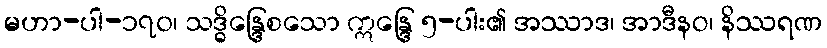
မဟာ-ပါ-၁၇၀၊ သဒ္ဓိန္ဒြေစသော ဣန္ဒြေ ၅-ပါး၏ အဿာဒ၊ အာဒီနဝ၊ နိဿရဏ